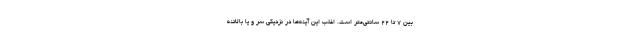
بین ۷ تا ۲۲ سانتی‌متر است. اغلب این آینه‌ها در نزدیکی سر و یا بالاتنه